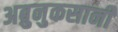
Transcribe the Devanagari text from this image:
अब्रुनुकसानी